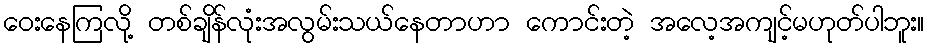
ဝေးနေကြလို့ တစ်ချိန်လုံးအလွမ်းသယ်နေတာဟာ ကောင်းတဲ့ အလေ့အကျင့်မဟုတ်ပါဘူး။